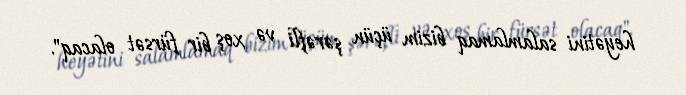
heyətini salamlamaq bizim üçün şərəfli və xoş bir fürsət olacaq".